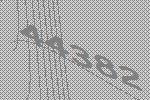
44382